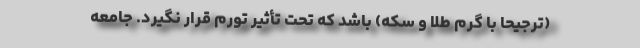
(ترجیحا با گرم طلا و سکه) باشد که تحت تأثیر تورم قرار نگیرد. جامعه